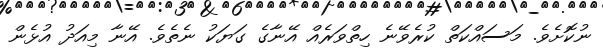
ނުކޮށެވެ. މަސައްކަތް ކުރެވޭނެ ހިތްވަރެއް އޭނާގެ ގަޔަކު ނެތެވެ. އޭނާ މިއަދު އުޅެން